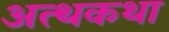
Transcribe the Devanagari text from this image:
अत्थकथा